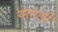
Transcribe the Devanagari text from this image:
थरारली